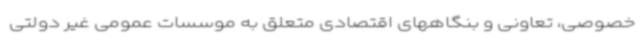
خصوصی، تعاونی و بنگاههای اقتصادی متعلق به موسسات عمومی غیر دولتی